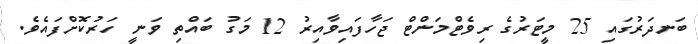
ބަނދަރުގައި 25 މީޓަރުގެ ރިވެޓްމަންޓް ޖަހާފައިވާއިރު 12 މަގު ބައްތި ވަނީ ހަރުކޮށްފައެވެ.